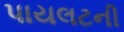
પાયલટની